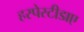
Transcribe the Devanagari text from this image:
हरपेस्टीडाए